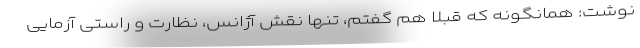
نوشت: همانگونه که قبلا هم گفتم، تنها نقش آژانس، نظارت و راستی آزمایی